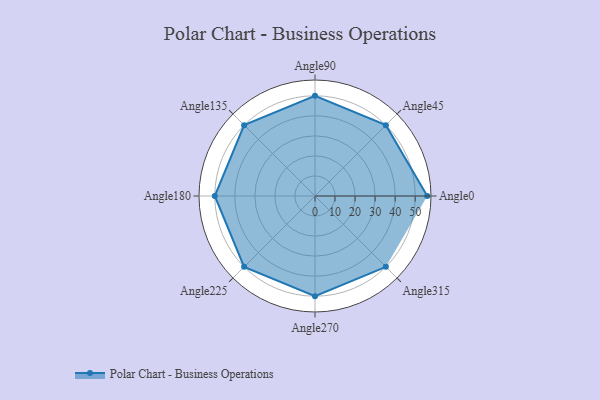
{"axis": {"x": "Angle", "y": "Radius"}, "legend": [""], "data": [{"x": "Angle0", "y": 56.0, "type": ""}, {"x": "Angle45", "y": 50.0, "type": ""}, {"x": "Angle90", "y": 50, "type": ""}, {"x": "Angle135", "y": 50, "type": ""}, {"x": "Angle180", "y": 50, "type": ""}, {"x": "Angle225", "y": 50, "type": ""}, {"x": "Angle270", "y": 50, "type": ""}, {"x": "Angle315", "y": 50, "type": ""}]}